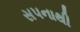
સપનાથી